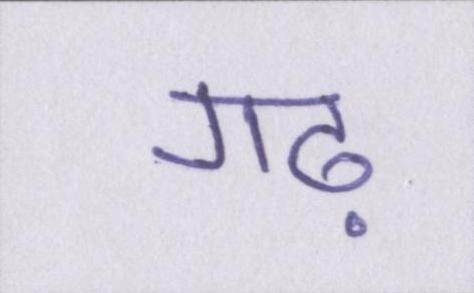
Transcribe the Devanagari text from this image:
गढ़